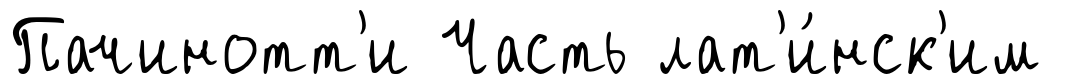
Пачинотт'и Часть лат'и́нск'им